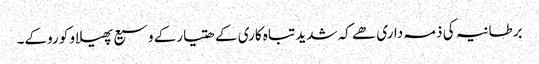
برطانیہ کی ذمہ داری ھے کہ شدید تباہ کاری کے ھتیارکے وسیع پھیلاو کو روکے۔